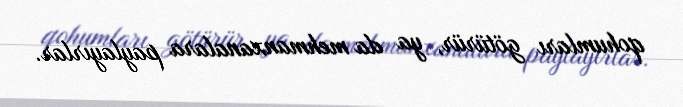
qohumları götürür, ya da mehmanxanalara paylayırlar.